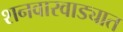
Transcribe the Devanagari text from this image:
शनवारवाड्यात